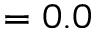
= 0 . 0